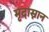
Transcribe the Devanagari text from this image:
मृदास्नान